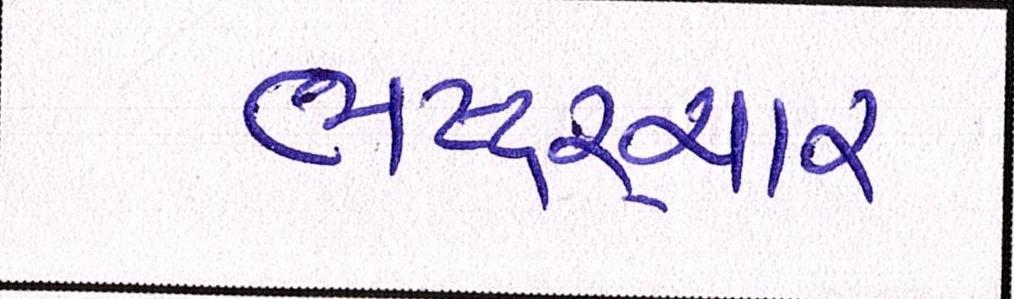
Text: ભષ્ટ્ર્ચાર